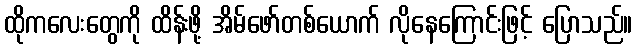
ထိုကလေးတွေကို ထိန်းဖို့ အိမ်ဖော်တစ်ယောက် လိုနေကြောင်းဖြင့် ပြောသည်။